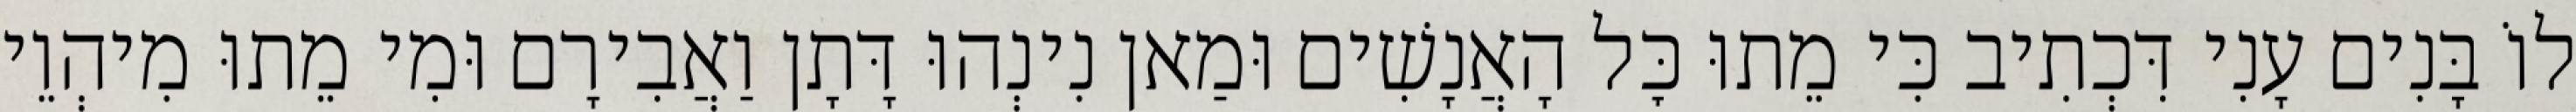
לוֹ בָּנִים עָנִי דִּכְתִיב כִּי מֵתוּ כׇּל הָאֲנָשִׁים וּמַאן נִינְהוּ דָּתָן וַאֲבִירָם וּמִי מֵתוּ מִיהְוֵי